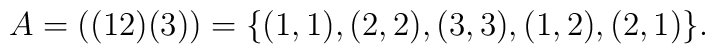
A=((12)(3))=\{(1,1),(2,2),(3,3),(1,2),(2,1) \}{}.